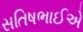
સતિષભાઈએ